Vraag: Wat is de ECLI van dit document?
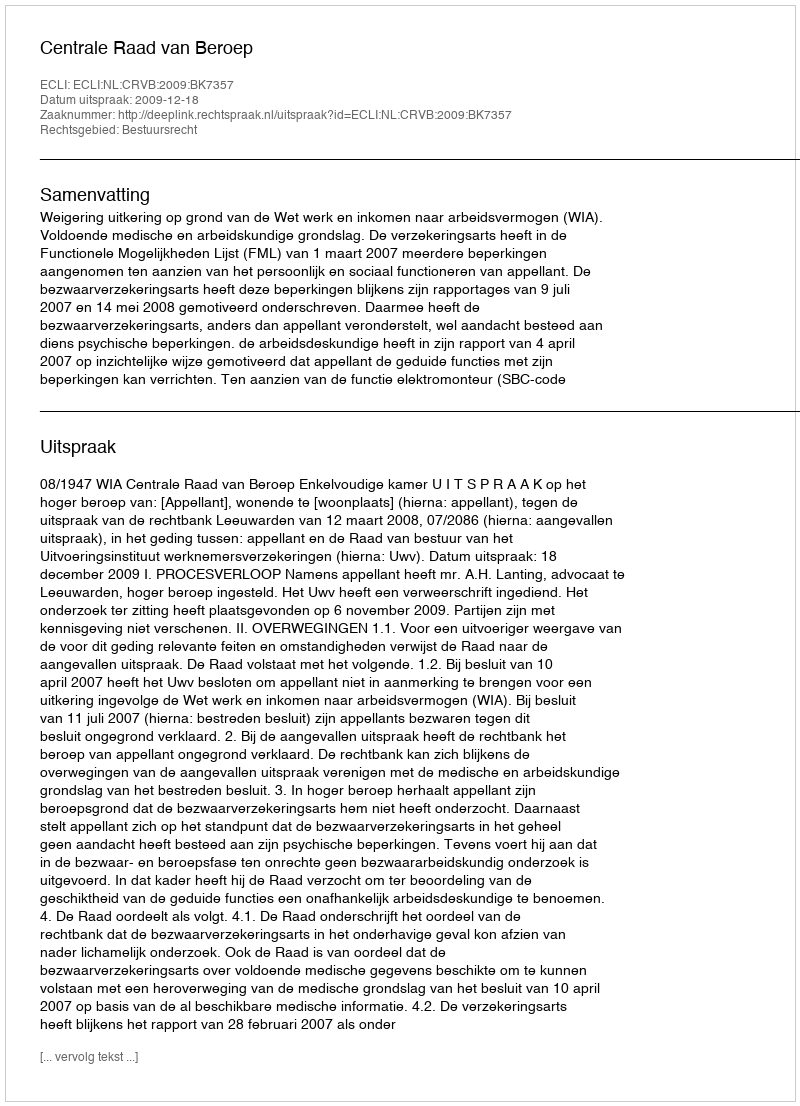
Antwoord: ECLI:NL:CRVB:2009:BK7357